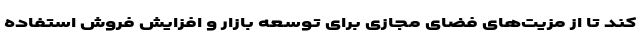
کند تا از مزیت‌های فضای مجازی برای توسعه بازار و افزایش فروش استفاده